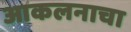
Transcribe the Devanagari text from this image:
आकलनाचा